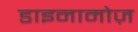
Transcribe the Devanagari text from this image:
डाइनामोज़